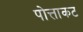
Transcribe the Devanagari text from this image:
पोत्ताकट